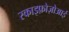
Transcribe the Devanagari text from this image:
स्काइफ़ोज़ोआई